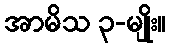
အာမိသ ၃-မျိုး။